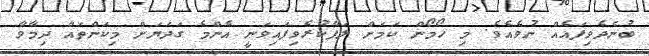
ބުނެދެވިފައެއް ނުވެއެވެ. މި ހޯމޯން ކަމަށް ލަފާކުރެވިފައިވަނީ އެންމެ ގަދަޔަށް މިކަންތައް ދިމާވާ